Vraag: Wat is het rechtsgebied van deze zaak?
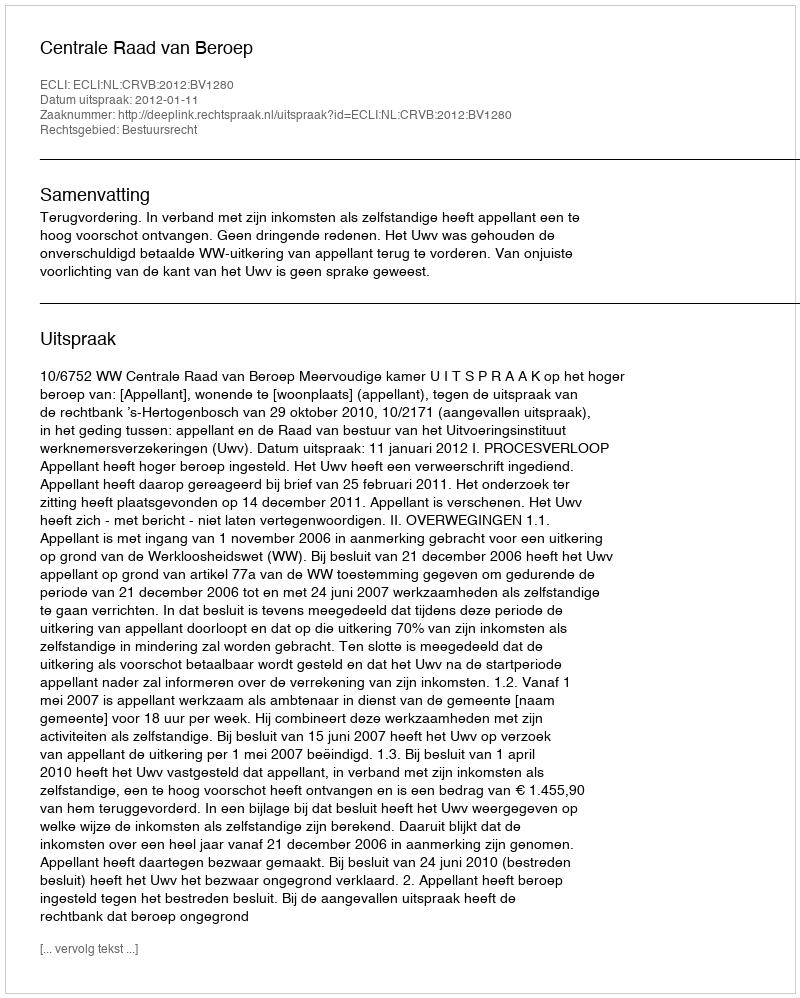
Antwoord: Bestuursrecht